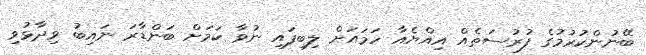
ބޭނުންކުރުމުގެ ފުރުސަތެއް އިއްޔެއާ ހަމައަށް ލިބިފައި ނުވާ ކަަމަށް ބަންޑާރަ ނައިބު ވިދާޅުވި